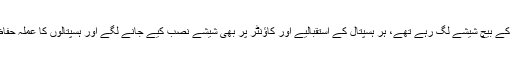
ٹیکسی میں مسافر اور ڈرائیور کے بیچ شیشے لگ رہے تھے، ہر ہسپتال کے استقبالیے اور کاؤنٹر پر بھی شیشے نصب کیے جانے لگے اور ہسپتالوں کا عملہ حفاظتی کٹ میں ملبوس ہوچکا تھا۔